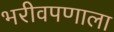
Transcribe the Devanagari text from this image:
भरीवपणाला